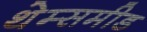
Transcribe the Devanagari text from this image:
थेम्समीड